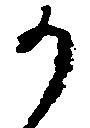
か